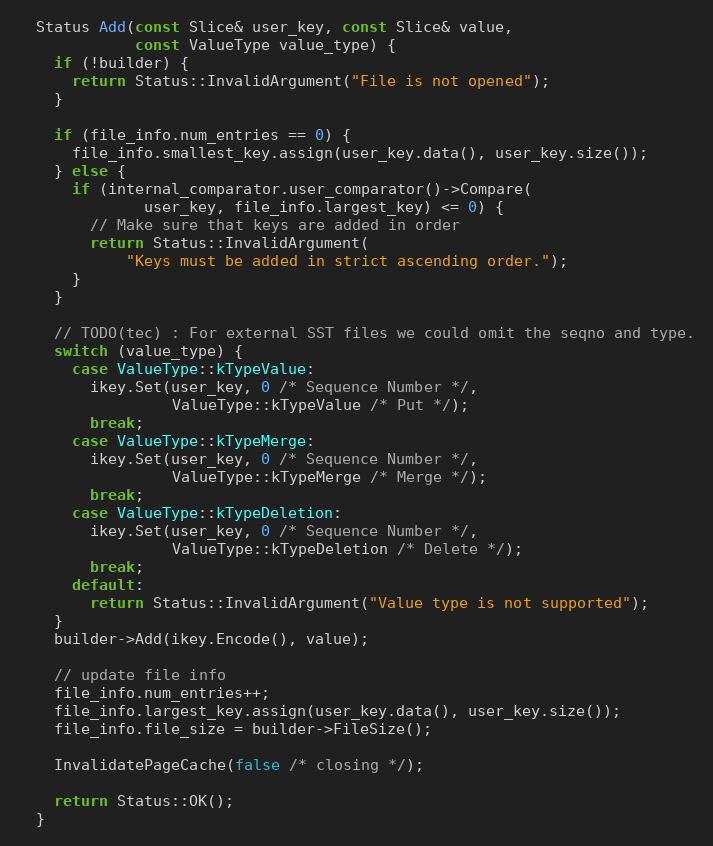
Language: C++
  Status Add(const Slice& user_key, const Slice& value,
             const ValueType value_type) {
    if (!builder) {
      return Status::InvalidArgument("File is not opened");
    }

    if (file_info.num_entries == 0) {
      file_info.smallest_key.assign(user_key.data(), user_key.size());
    } else {
      if (internal_comparator.user_comparator()->Compare(
              user_key, file_info.largest_key) <= 0) {
        // Make sure that keys are added in order
        return Status::InvalidArgument(
            "Keys must be added in strict ascending order.");
      }
    }

    // TODO(tec) : For external SST files we could omit the seqno and type.
    switch (value_type) {
      case ValueType::kTypeValue:
        ikey.Set(user_key, 0 /* Sequence Number */,
                 ValueType::kTypeValue /* Put */);
        break;
      case ValueType::kTypeMerge:
        ikey.Set(user_key, 0 /* Sequence Number */,
                 ValueType::kTypeMerge /* Merge */);
        break;
      case ValueType::kTypeDeletion:
        ikey.Set(user_key, 0 /* Sequence Number */,
                 ValueType::kTypeDeletion /* Delete */);
        break;
      default:
        return Status::InvalidArgument("Value type is not supported");
    }
    builder->Add(ikey.Encode(), value);

    // update file info
    file_info.num_entries++;
    file_info.largest_key.assign(user_key.data(), user_key.size());
    file_info.file_size = builder->FileSize();

    InvalidatePageCache(false /* closing */);

    return Status::OK();
  }